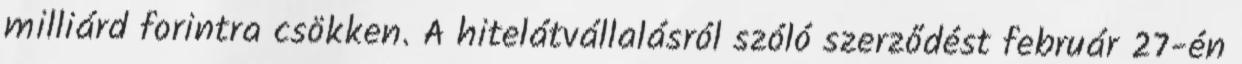
milliárd forintra csökken. A hitelátvállalásról szóló szerződést február 27-én